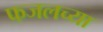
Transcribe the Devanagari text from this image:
फजलच्या